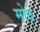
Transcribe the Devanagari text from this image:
मोधे